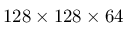
1 2 8 \times 1 2 8 \times 6 4